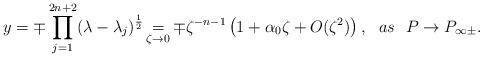
LaTeX: \begin{align*} y=\mp\prod\limits_{j=1}^{2n+2}(\lambda-\lambda_{j})^{\frac{1}{2}}\mathop{=}\limits_{\zeta\rightarrow 0}\mp\zeta^{-n-1}\left(1+\alpha_{0}\zeta+O(\zeta^{2})\right),~~as~~P\rightarrow P_{\infty\pm}.\end{align*}